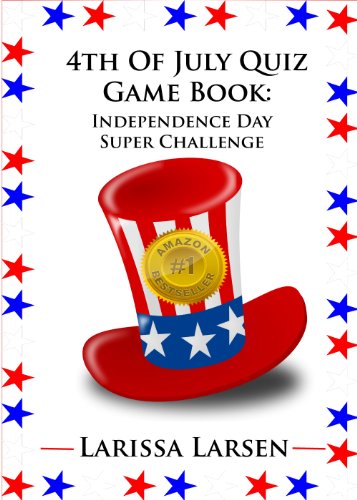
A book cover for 4th Of July Quiz Game Book:  Independence Day Super Challenge (Holiday Quiz Books:  Facts And Fun For Kids Of All Ages Book 5); Larissa Larsen; Children's Books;